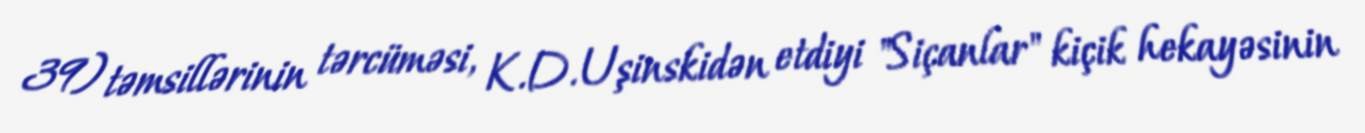
39) təmsillərinin tərcüməsi, K.D.Uşinskidən etdiyi "Siçanlar" kiçik hekayəsinin